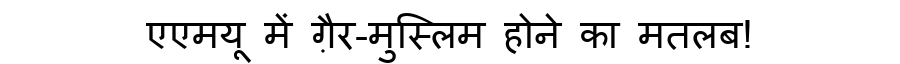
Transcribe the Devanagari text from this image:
एएमयू में ग़ैर-मुस्लिम होने का मतलब!